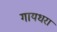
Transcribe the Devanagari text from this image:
गायधरा